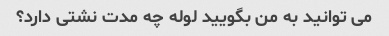
می توانید به من بگویید لوله چه مدت نشتی دارد؟